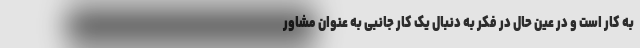
به کار است و در عین حال در فکر به دنبال یک کار جانبی به عنوان مشاور